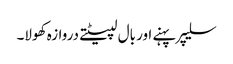
سلیپر پہنے اور بال لپیٹتے دروازہ کھولا۔